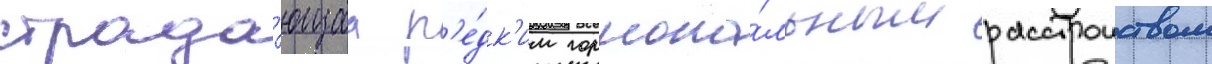
страда́ющаа р'е́дк'им гормона́льным расстроиством